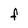
Character: f